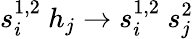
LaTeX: s_{i}^{1,2}\ h_{j}\to s_{i}^{1,2}\ s_{j}^{2}